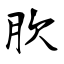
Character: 肷